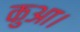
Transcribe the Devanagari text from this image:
कुआ।